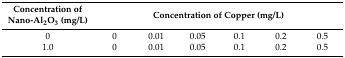
<table><thead><tr><td><b>Concentration of Nano-Al<sub>2</sub>O<sub>3</sub> (mg/L)</b></td><td colspan="6"><b>Concentration of Copper (mg/L)</b></td></tr></thead><tbody><tr><td>0</td><td>0</td><td>0.01</td><td>0.05</td><td>0.1</td><td>0.2</td><td>0.5</td></tr><tr><td>1.0</td><td>0</td><td>0.01</td><td>0.05</td><td>0.1</td><td>0.2</td><td>0.5</td></tr></tbody></table>